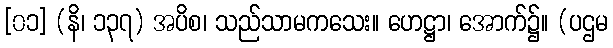
[၀၁] (နိ၊ ၁၃၇) အပိစ၊ သည်သာမကသေး။ ဟေဋ္ဌာ၊ အောက်၌။ (ပဌမ